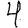
Digit: 4